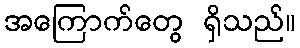
အကြောက်တွေ ရှိသည်။